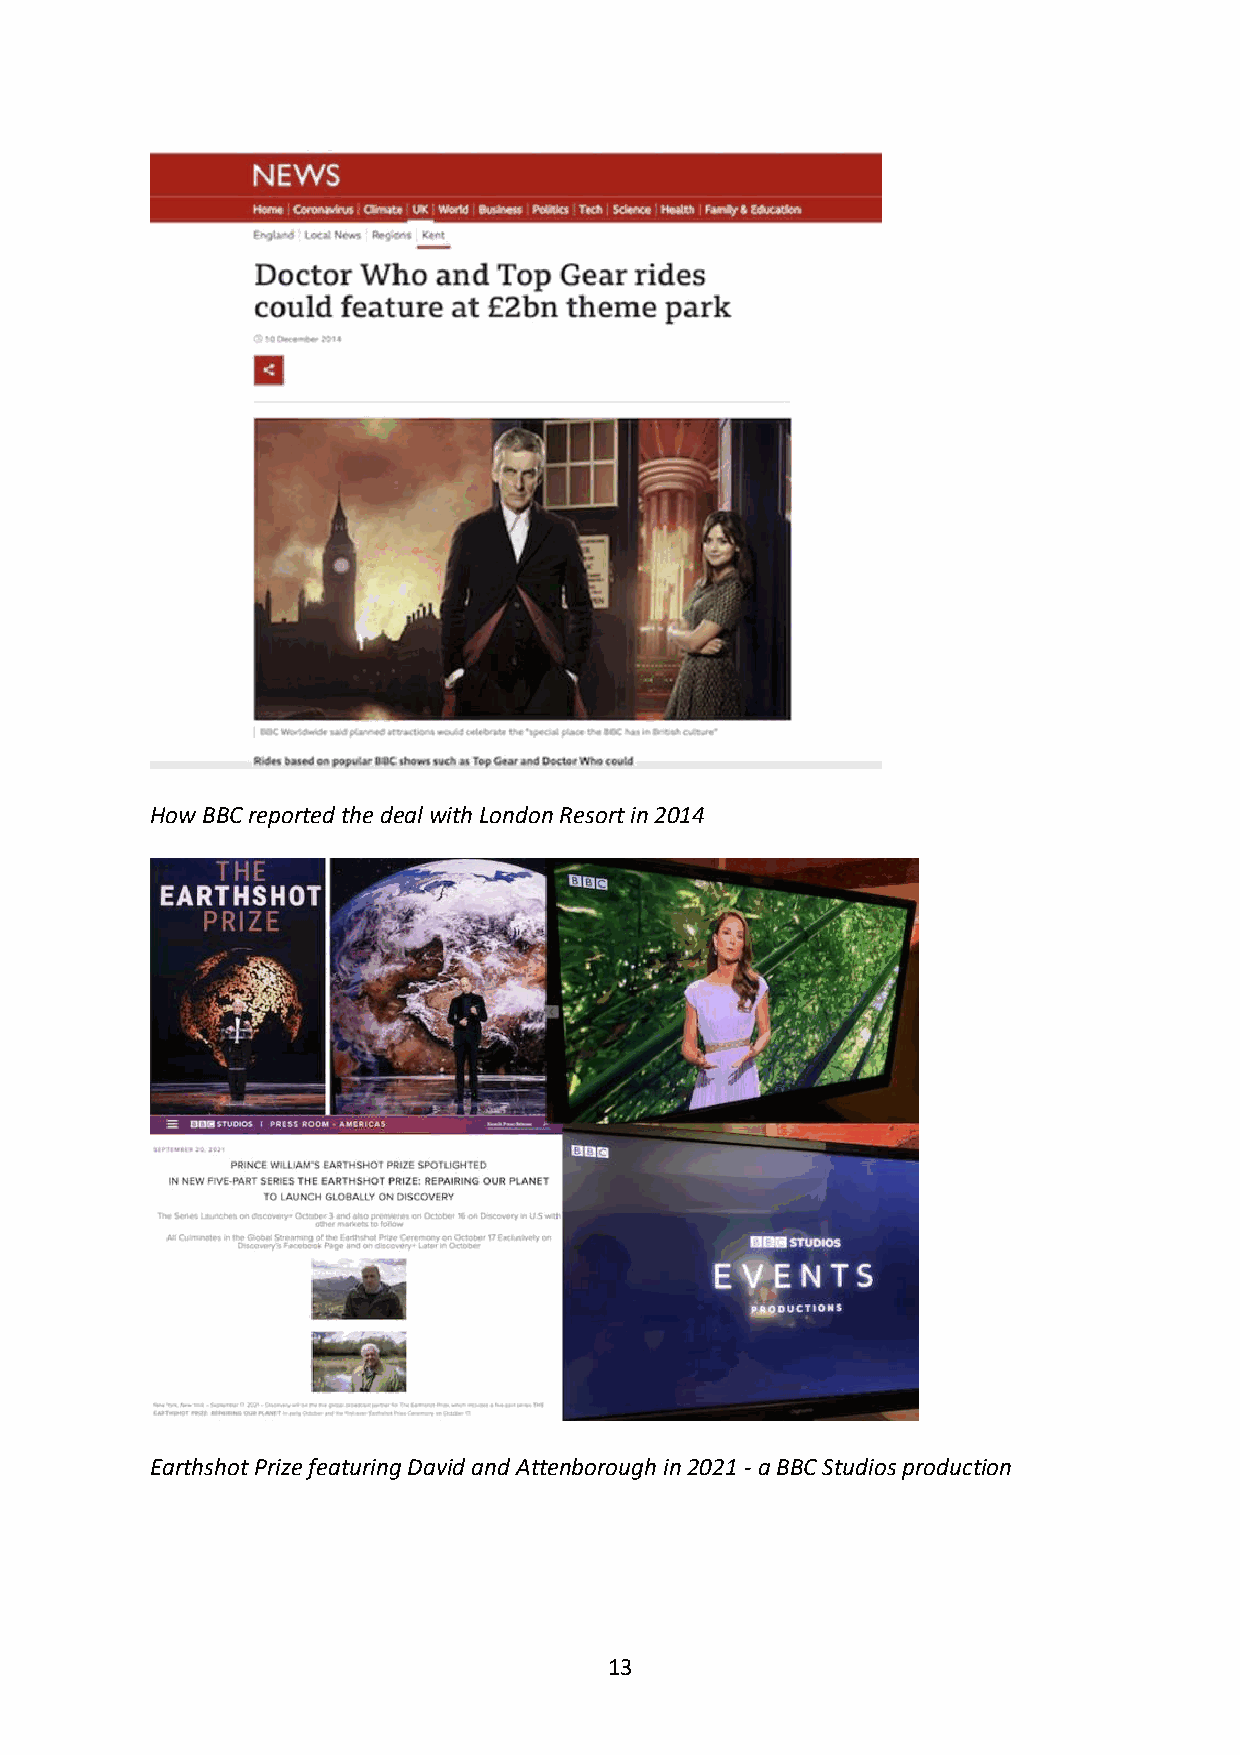
How BBC reported the deal with London Resort in 2014
 Earthshot Prize featuring David and Attenborough in 2021 - a BBC Studios production
 13